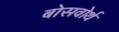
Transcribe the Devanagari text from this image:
बोसवोर्थ